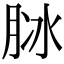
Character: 𦚝